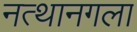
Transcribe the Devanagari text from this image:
नत्थानगला